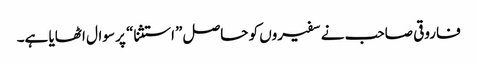
فاروقی صاحب نے سفیروں کو حاصل ”استثنا“ پر سوال اٹھایا ہے۔